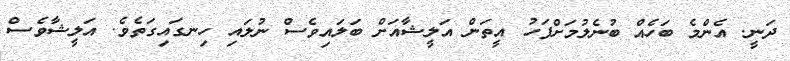
ދަނީ. އެންމެ ބަހެއް ބުނެލުމަށްފަހު އީތަން އަލީޝާއަށް ބަލައިވެސް ނުލައި ހިނގައިގަތެވެ. އަލީޝާވެސް